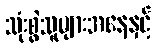
သုံးစွဲသူများအနေနှင့်